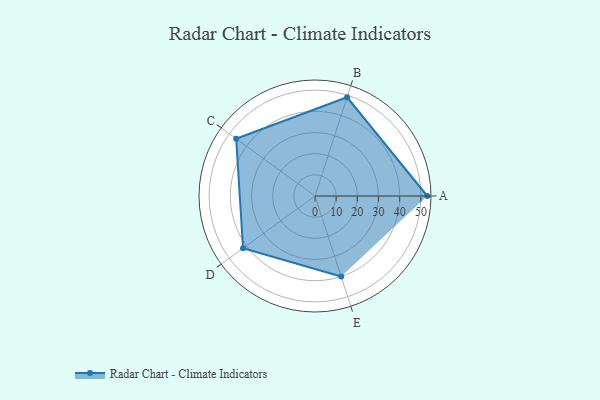
{"axis": {"x": "Skill", "y": "Score"}, "legend": ["Profile"], "data": [{"x": "A", "y": 53.0, "type": "Profile"}, {"x": "B", "y": 49.0, "type": "Profile"}, {"x": "C", "y": 46.0, "type": "Profile"}, {"x": "D", "y": 42.0, "type": "Profile"}, {"x": "E", "y": 40.0, "type": "Profile"}]}